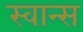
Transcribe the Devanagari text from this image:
स्वान्स